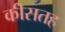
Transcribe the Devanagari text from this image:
कीसतह